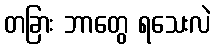
တခြား ဘာတွေ ရသေးလဲ